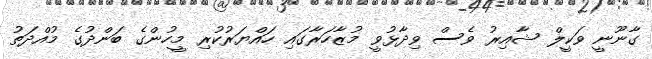
ގާނޫނީ ވަކީލް ޝާއިރު ވެސް ވިދާޅުވީ މުޒާހަރާގައި ހައްޔަރުކުރި މީހުންގެ ބަންދުގެ މުއްދަތު